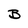
Character: B